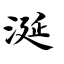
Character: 涎